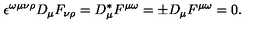
\epsilon ^ { \omega \mu \nu \rho } D _ { \mu } F _ { \nu \rho } = D _ { \mu } ^ { * } F ^ { \mu \omega } = \pm D _ { \mu } F ^ { \mu \omega } = 0 .